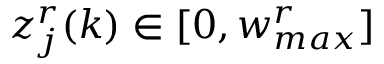
z _ { j } ^ { r } ( k ) \in [ 0 , w _ { m a x } ^ { r } ]